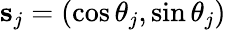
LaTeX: {\mathbf s_{j}}=(\cos\theta_{j},\sin\theta_{j})